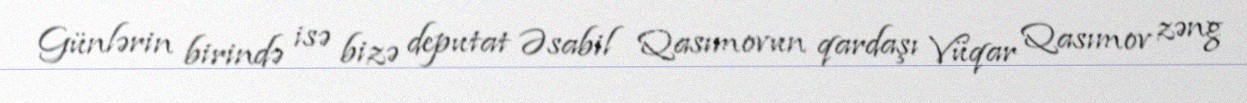
Günlərin birində isə bizə deputat Əsabil Qasımovun qardaşı Vüqar Qasımov zəng